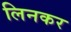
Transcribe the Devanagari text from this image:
लिनकर